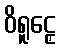
ဝိရူဠှေ